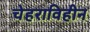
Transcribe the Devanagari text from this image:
चेहराविहीन